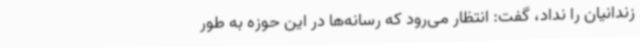
زندانیان را نداد، گفت: انتظار می‌رود که رسانه‌ها در این حوزه به طور